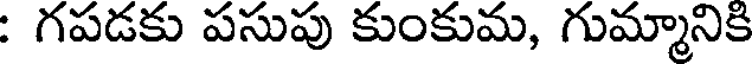
: గపడకు పసుపు కుంకుమ, గుమ్మానికి